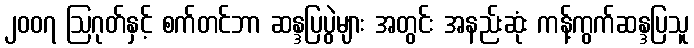
၂၀၀၇ ဩဂုတ်နှင့် စက်တင်ဘာ ဆန္ဒပြပွဲများ အတွင်း အနည်းဆုံး ကန့်ကွက်ဆန္ဒပြသူ